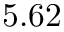
5 . 6 2